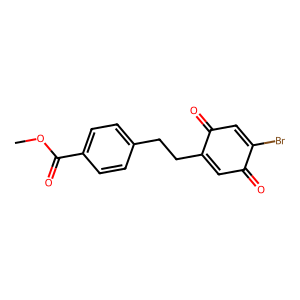
SMILES: COC(=O)c1ccc(CCC2=CC(=O)C(Br)=CC2=O)cc1
Inhibits HIV replication: No